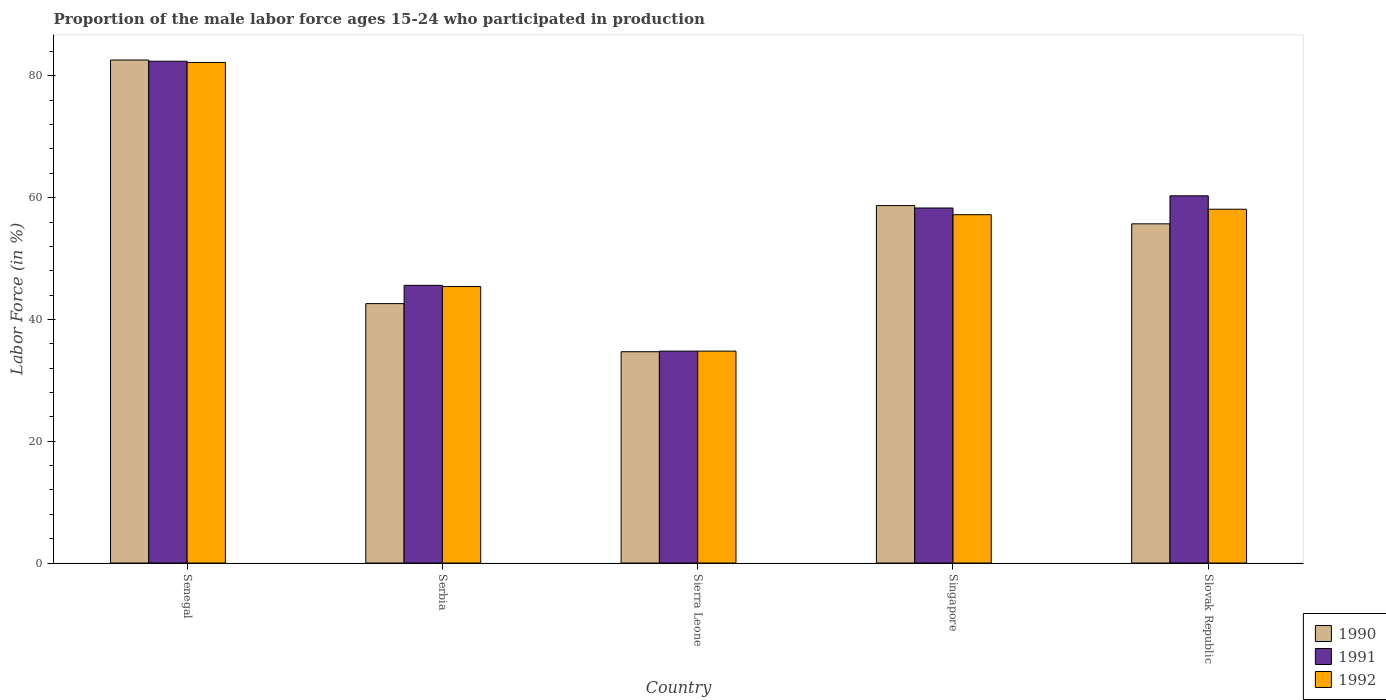
| Country | 1990 | 1991 | 1992 |
 | --- | --- | --- | --- |
 | Senegal | 82.6 | 82.4 | 82.2 |
 | Serbia | 42.6 | 45.6 | 45.4 |
 | Sierra Leone | 34.7 | 34.8 | 34.8 |
 | Singapore | 58.7 | 58.3 | 57.2 |
 | Slovak Republic | 55.7 | 60.3 | 58.1 |